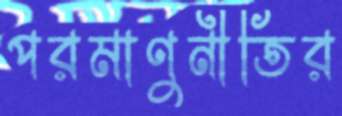
পরমাণুনীতির